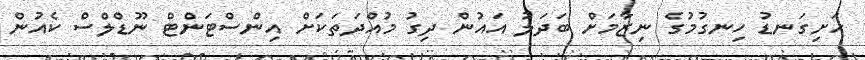
ހަށިގަނޑު ހިނގުމުގެ ނިޒާމަށް ބަދަލު އައުން ދިގު މުއްދަތަކަށް އިންސްޓަންޓް ނޫޑްލްސް ކެއުން